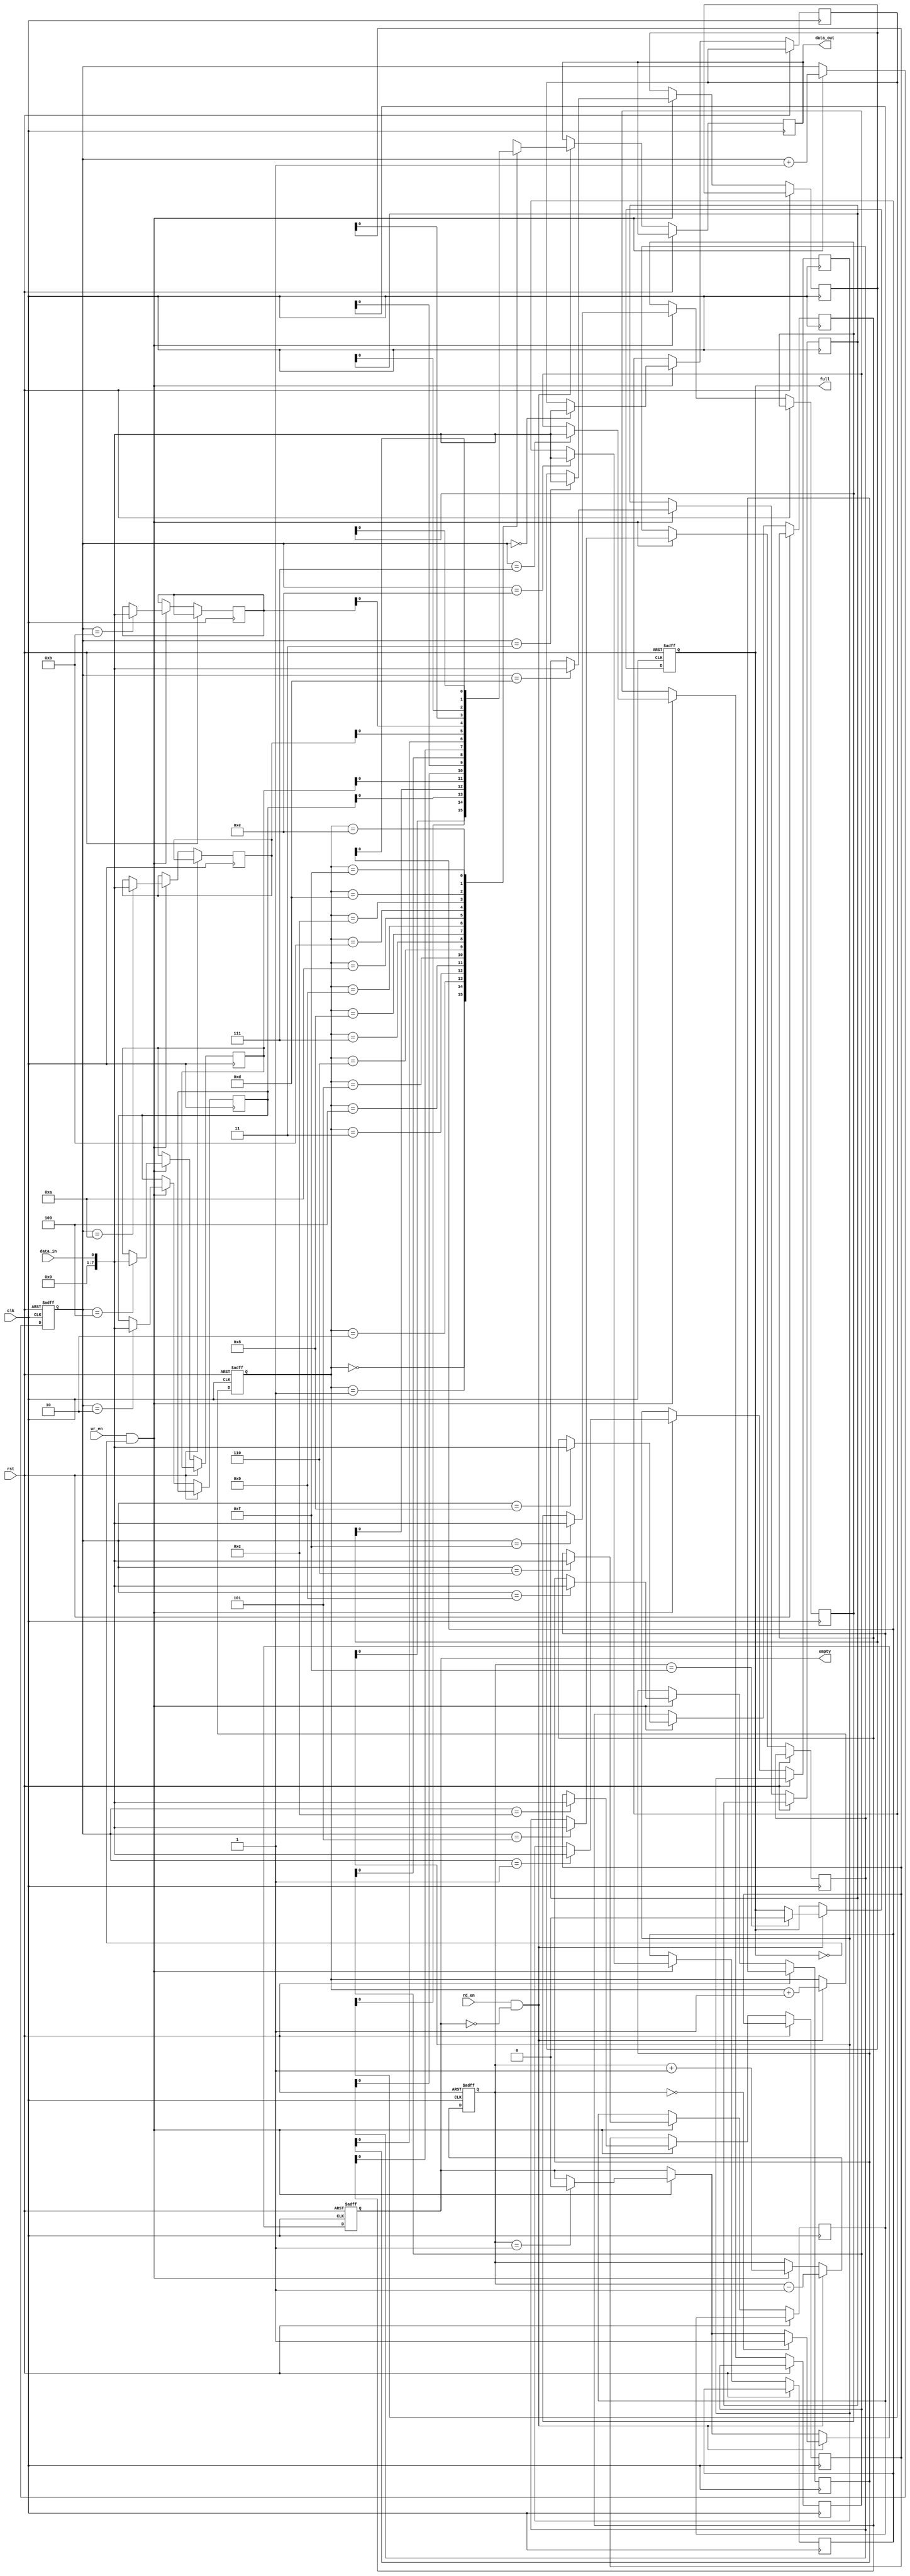
module fifo_buffer (
    input wire clk,          // Clock signal
    input wire rst,          // Reset signal
    input wire wr_en,        // Write enable signal
    input wire rd_en,        // Read enable signal
    input wire data_in,      // Data input signal
    output reg data_out,     // Data output signal
    output reg full,         // Full flag
    output reg empty         // Empty flag
);

reg [7:0] fifo_data [0:15]; // FIFO buffer data storage

reg [3:0] wr_ptr;           // Write pointer
reg [3:0] rd_ptr;           // Read pointer
reg [3:0] fifo_count;       // Number of data elements in FIFO

always @(posedge clk or posedge rst) begin
    if (rst) begin
        wr_ptr <= 4'b0000;  // Reset write pointer
        rd_ptr <= 4'b0000;  // Reset read pointer
        fifo_count <= 4'b0000;  // Reset FIFO count
        full <= 1'b0;       // Reset full flag
        empty <= 1'b1;      // Set empty flag
    end else begin
        // Write operation
        if (wr_en && !full) begin
            fifo_data[wr_ptr] <= data_in;   // Write data to FIFO buffer
            wr_ptr <= wr_ptr + 1;           // Increment write pointer
            fifo_count <= fifo_count + 1;   // Increment FIFO count
            if (fifo_count == 16) begin     // Check if FIFO is full
                full <= 1'b1;               // Set full flag
            end
            if (fifo_count == 1) begin      // Check if FIFO is no longer empty
                empty <= 1'b0;              // Reset empty flag
            end
        end
        
        // Read operation
        if (rd_en && !empty) begin
            data_out <= fifo_data[rd_ptr];  // Read data from FIFO buffer
            rd_ptr <= rd_ptr + 1;           // Increment read pointer
            fifo_count <= fifo_count - 1;   // Decrement FIFO count
            if (fifo_count == 0) begin       // Check if FIFO is empty
                empty <= 1'b1;              // Set empty flag
            end
            if (fifo_count == 15) begin     // Check if FIFO is no longer full
                full <= 1'b0;               // Reset full flag
            end
        end
    end
end

endmodule